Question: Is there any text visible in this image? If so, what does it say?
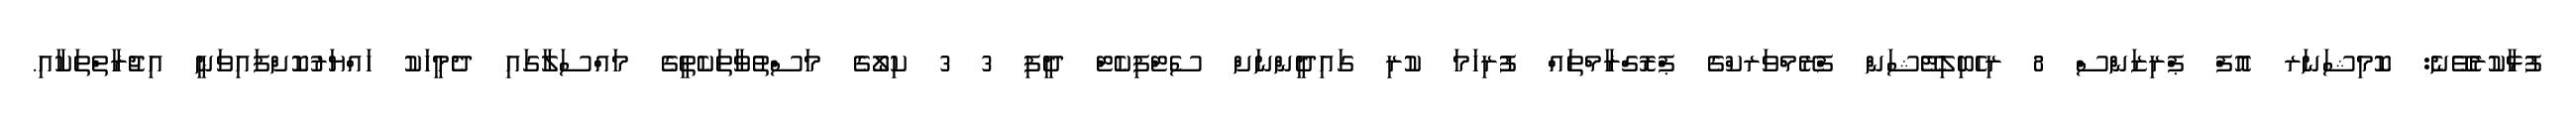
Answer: ފުޅާކުރެވޭނެ: ކޮމިޝަނަރ އޮފް ޕްރިޒަންސް 8 ރިހެބިލިޓޭޝަން ފްރޭމްވަރކްގެ ޕްރޮގްރާމްތައް ފުރިހަމަ ކުރި ގައިދީންނަށް ސެޓްފިކެޓް ދީފި 3 3 ކިލޯގެ މަސްތުވާތަކެތީގެ މައްސަލާގައި ދެމީހަކު ހައްޔަރުކޮށްފައިވަނީ އިޖުރާތްތަކާއި.